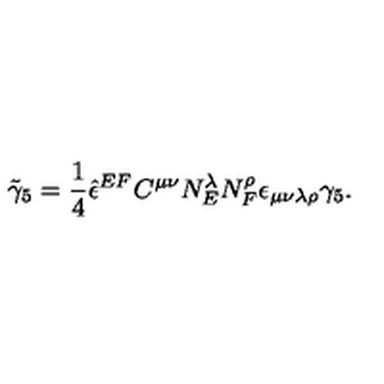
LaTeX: { \tilde { \gamma } _ { 5 } } = \frac 1 4 { \hat { \epsilon } } ^ { E F } C ^ { \mu \nu } N _ { E } ^ { \lambda } N _ { F } ^ { \rho } \epsilon _ { \mu \nu \lambda \rho } \gamma _ { 5 } .